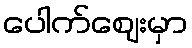
ပေါက်ဈေးမှာ